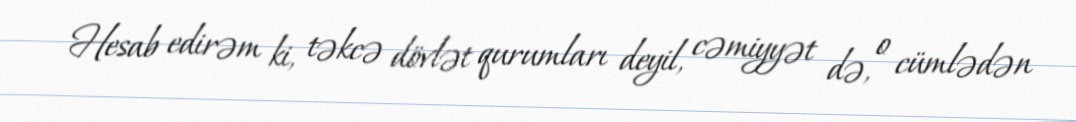
Hesab edirəm ki, təkcə dövlət qurumları deyil, cəmiyyət də, o cümlədən